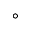
^ \circ